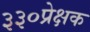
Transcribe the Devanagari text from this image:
३३०प्रेक्षक